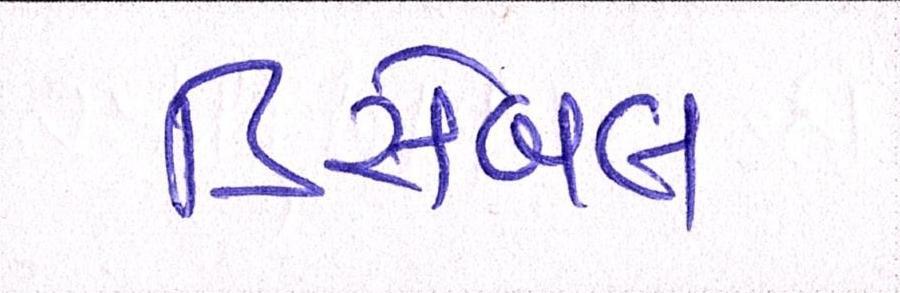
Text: ડિસેબલ